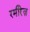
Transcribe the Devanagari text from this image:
रमीरेज़